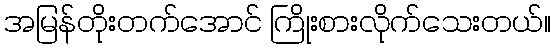
အမြန်တိုးတက်အောင် ကြိုးစားလိုက်သေးတယ်။